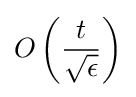
O\left({\frac {t}{\sqrt {\epsilon }}}\right)